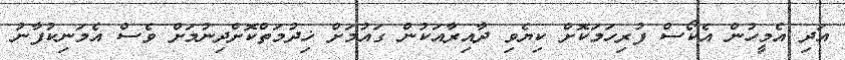
އަދި އެމީހުން އެކޯސް ފުރިހަމަކޮށް ކިޔެވި ދާއިރާއަކުން ގައުމަށް ޚިދުމަތްކޮށްދިނުމަށް ވެސް އެމަނިކުފާނު